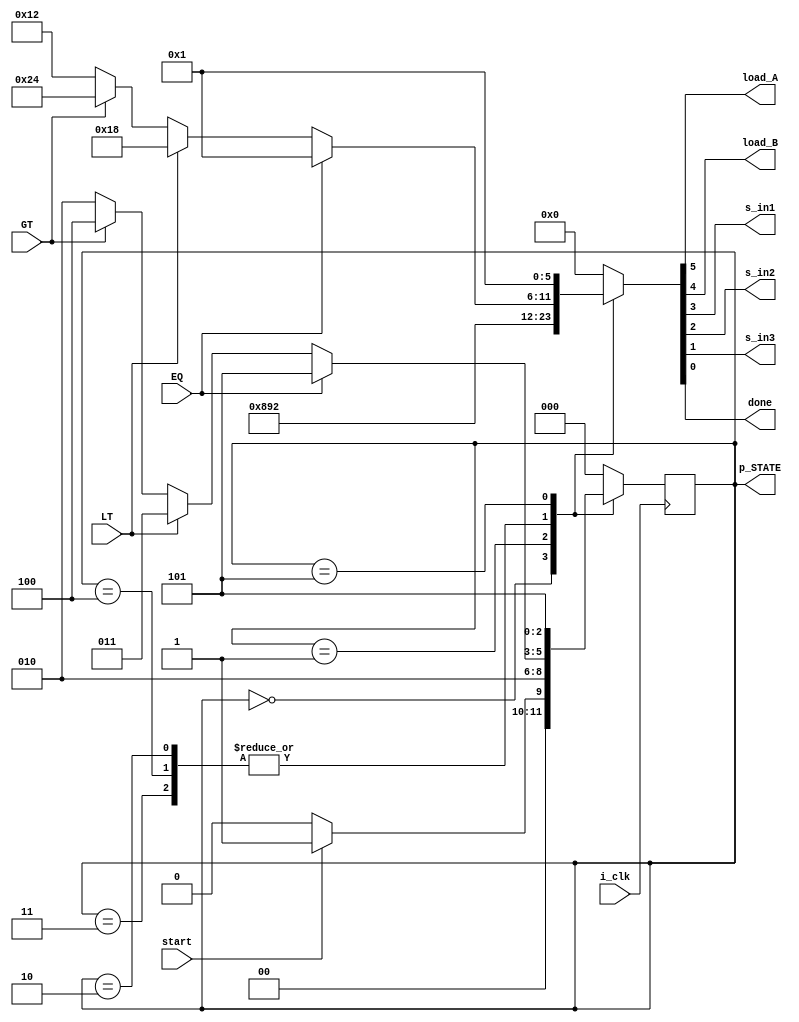
`timescale 1ns / 1ps
//////////////////////////////////////////////////////////////////////////////////
// Company: 
// Engineer: 
// 
// Design Name: 
// Module Name: controller
// Project Name: 
// Target Devices: 
// Tool Versions: 
// Description: 
// 
// Dependencies: 
// 
// Revision:
// Revision 0.01 - File Created
// Additional Comments:
// 
//////////////////////////////////////////////////////////////////////////////////

`define WIDTH_1 3 
module controller(
i_clk , load_A, load_B , EQ, LT, GT,s_in1 , s_in2 , s_in3, start, p_STATE, done
    );
 input i_clk ;
 input start ; 
 input EQ ;
 input LT ;
 input GT ; 
 output load_A ;
 output load_B ;
 output s_in1 ;
 output s_in2;
 output s_in3 ; 
 output done ;
 output reg [`WIDTH_1-1:0] p_STATE;
 reg [`WIDTH_1-1:0] nEXT_STATE ;
 
 parameter [2:0] S0 = 3'b000  , 
                 S1 = 3'b001,
                 S2 = 3'b010 ,
                 S3 = 3'b011 ,
                 S4 = 3'b100 , 
                 S5 = 3'b101 ;
     reg [5:0] CV ; 
     assign load_A = CV[5] ;
     assign load_B = CV[4] ;
     assign s_in1 = CV[3] ;
     assign s_in2 = CV[2] ;
     assign s_in3 = CV[1];
     assign done = CV[0] ;          
                
   /////data_register block //////////
   
   
               
     ///////next_state logic ////////////
     
     always @ (posedge i_clk )
       begin
         case (p_STATE )
         S0 :  begin
                   if (start )
                       p_STATE <= S1 ;
                          else 
                           p_STATE <= S0 ; 
                            end  
         S1 :  begin
                   p_STATE <= S2 ;
                     end
          S2 : begin
                  if (EQ)
                      p_STATE <=  S5 ;
                   else if (LT)
                     p_STATE <= S3 ;
                     else if (GT)
                     p_STATE <= S4 ;
                      else
                        p_STATE <= S2 ;
                         end
           S3 :  begin
                    if (EQ)
                    p_STATE <=  S5 ;
                   else if (LT)
                    p_STATE <= S3 ;
                     else if (GT)
                 p_STATE <= S4 ;
                      else
                     p_STATE <= S2 ;
                         end
             S4 :  begin
                      if (EQ)
                  p_STATE <=  S5 ;
                   else if (LT)
               p_STATE <= S3 ;
                     else if (GT)
                  p_STATE <= S4 ;
                      else
                        p_STATE <= S2 ;
                         end
              S5 :  begin
                             p_STATE <= S5 ;
                              end
                             
                default : begin 
                           p_STATE <= S0 ;
                            end                        
                         endcase
                         end         
        ////generation of signals///////////
        
        always @ (p_STATE or EQ or LT or GT )
        begin                 
             case (p_STATE)
             S0 : begin CV= 6'b100010; end
             
             
             S1 : begin CV = 6'b010010; end
             
             S2 : begin
             if 
             (EQ==1'b1)
               begin
                  CV = 6'b000001;
                    end
                     else if (LT)
                      begin
                      CV = 6'b011000;
                       end
                     else if (GT)
                        begin
                       CV = 6'b100100;
                       end 
                        else 
                         begin
                          CV = 6'b010010;
                          end 
                          end
                                           
             S3 : begin
             if 
             (EQ==1'b1)
               begin
                  CV = 6'b000001;
                    end
                     else if (LT)
                      begin
                      CV = 6'b011000;
                       end
                     else if (GT)
                        begin
                       CV = 6'b100100;
                       end 
                        else 
                         begin
                          CV = 6'b010010;
                          end 
                          end
             S4 : begin
             if 
             (EQ==1'b1)
               begin
                  CV = 6'b000001;
                    end
                     else if (LT)
                      begin
                      CV = 6'b011000;
                       end
                     else if (GT)
                        begin
                       CV = 6'b100100;
                       end 
                        else 
                         begin
                          CV = 6'b010010;
                          end 
                          end
             S5 :    begin CV = 6'b000001; end
                                                               
             default : CV = 6'b000000;
              endcase
             end                                         
                                   
 
 
 
 
 
endmodule